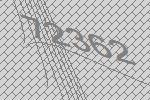
72362